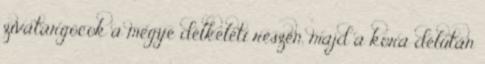
zivatargócok a megye délkeleti részén, majd a kora délután